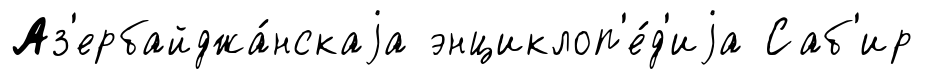
Аз'ербайджа́нскаjа энциклоп'е́д'иjа Саб'ир